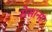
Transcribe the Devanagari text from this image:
रोसाना